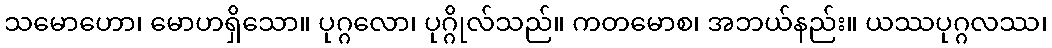
သမောဟော၊ မောဟရှိသော။ ပုဂ္ဂလော၊ ပုဂ္ဂိုလ်သည်။ ကတမောစ၊ အဘယ်နည်း။ ယဿပုဂ္ဂလဿ၊